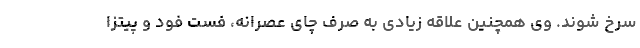
سرخ شوند. وی همچنین علاقه زیادی به صرف چای عصرانه، فست فود و پیتزا